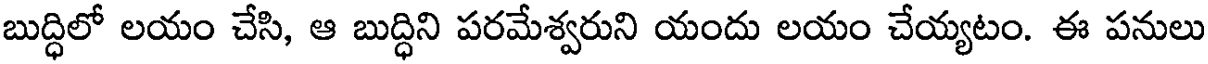
బుద్ధిలో లయం చేసి, ఆ బుద్ధిని పరమేశ్వరుని యందు లయం చేయ్యటం. ఈ పనులు